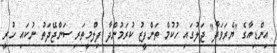
އިންޑިއާގެ "ޔެރަވަދާ" ޖަލުގައި ހުކުމް ތަންފީޒު ކުރަމުންދާ ފިލްމީތަރި ސަންޖޭދަތު ނުކައި ހުރީ